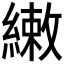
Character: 𬗳